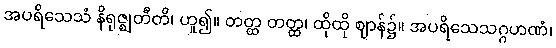
အပရိသေသံ နိရုဇ္ဈတီတိ၊ ဟူ၍။ တတ္ထ တတ္ထ၊ ထိုထို ဈာန်၌။ အပရိသေသဂ္ဂဟဏံ၊